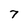
Character: 7